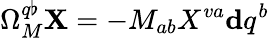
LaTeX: \Omega_{M}^{q\flat}\mathbf{X}=-M_{ab}X^{va}{}\mathbf{d}q^{b}